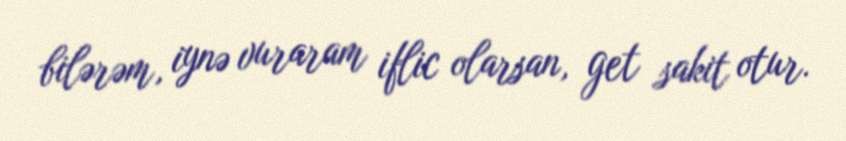
bilərəm, iynə vuraram iflic olarsan, get sakit otur.